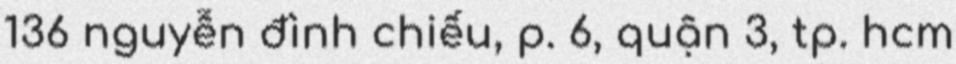
136 nguyễn đình chiểu, p. 6, quận 3, tp. hcm